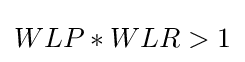
WLP*WLR>1